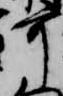
可